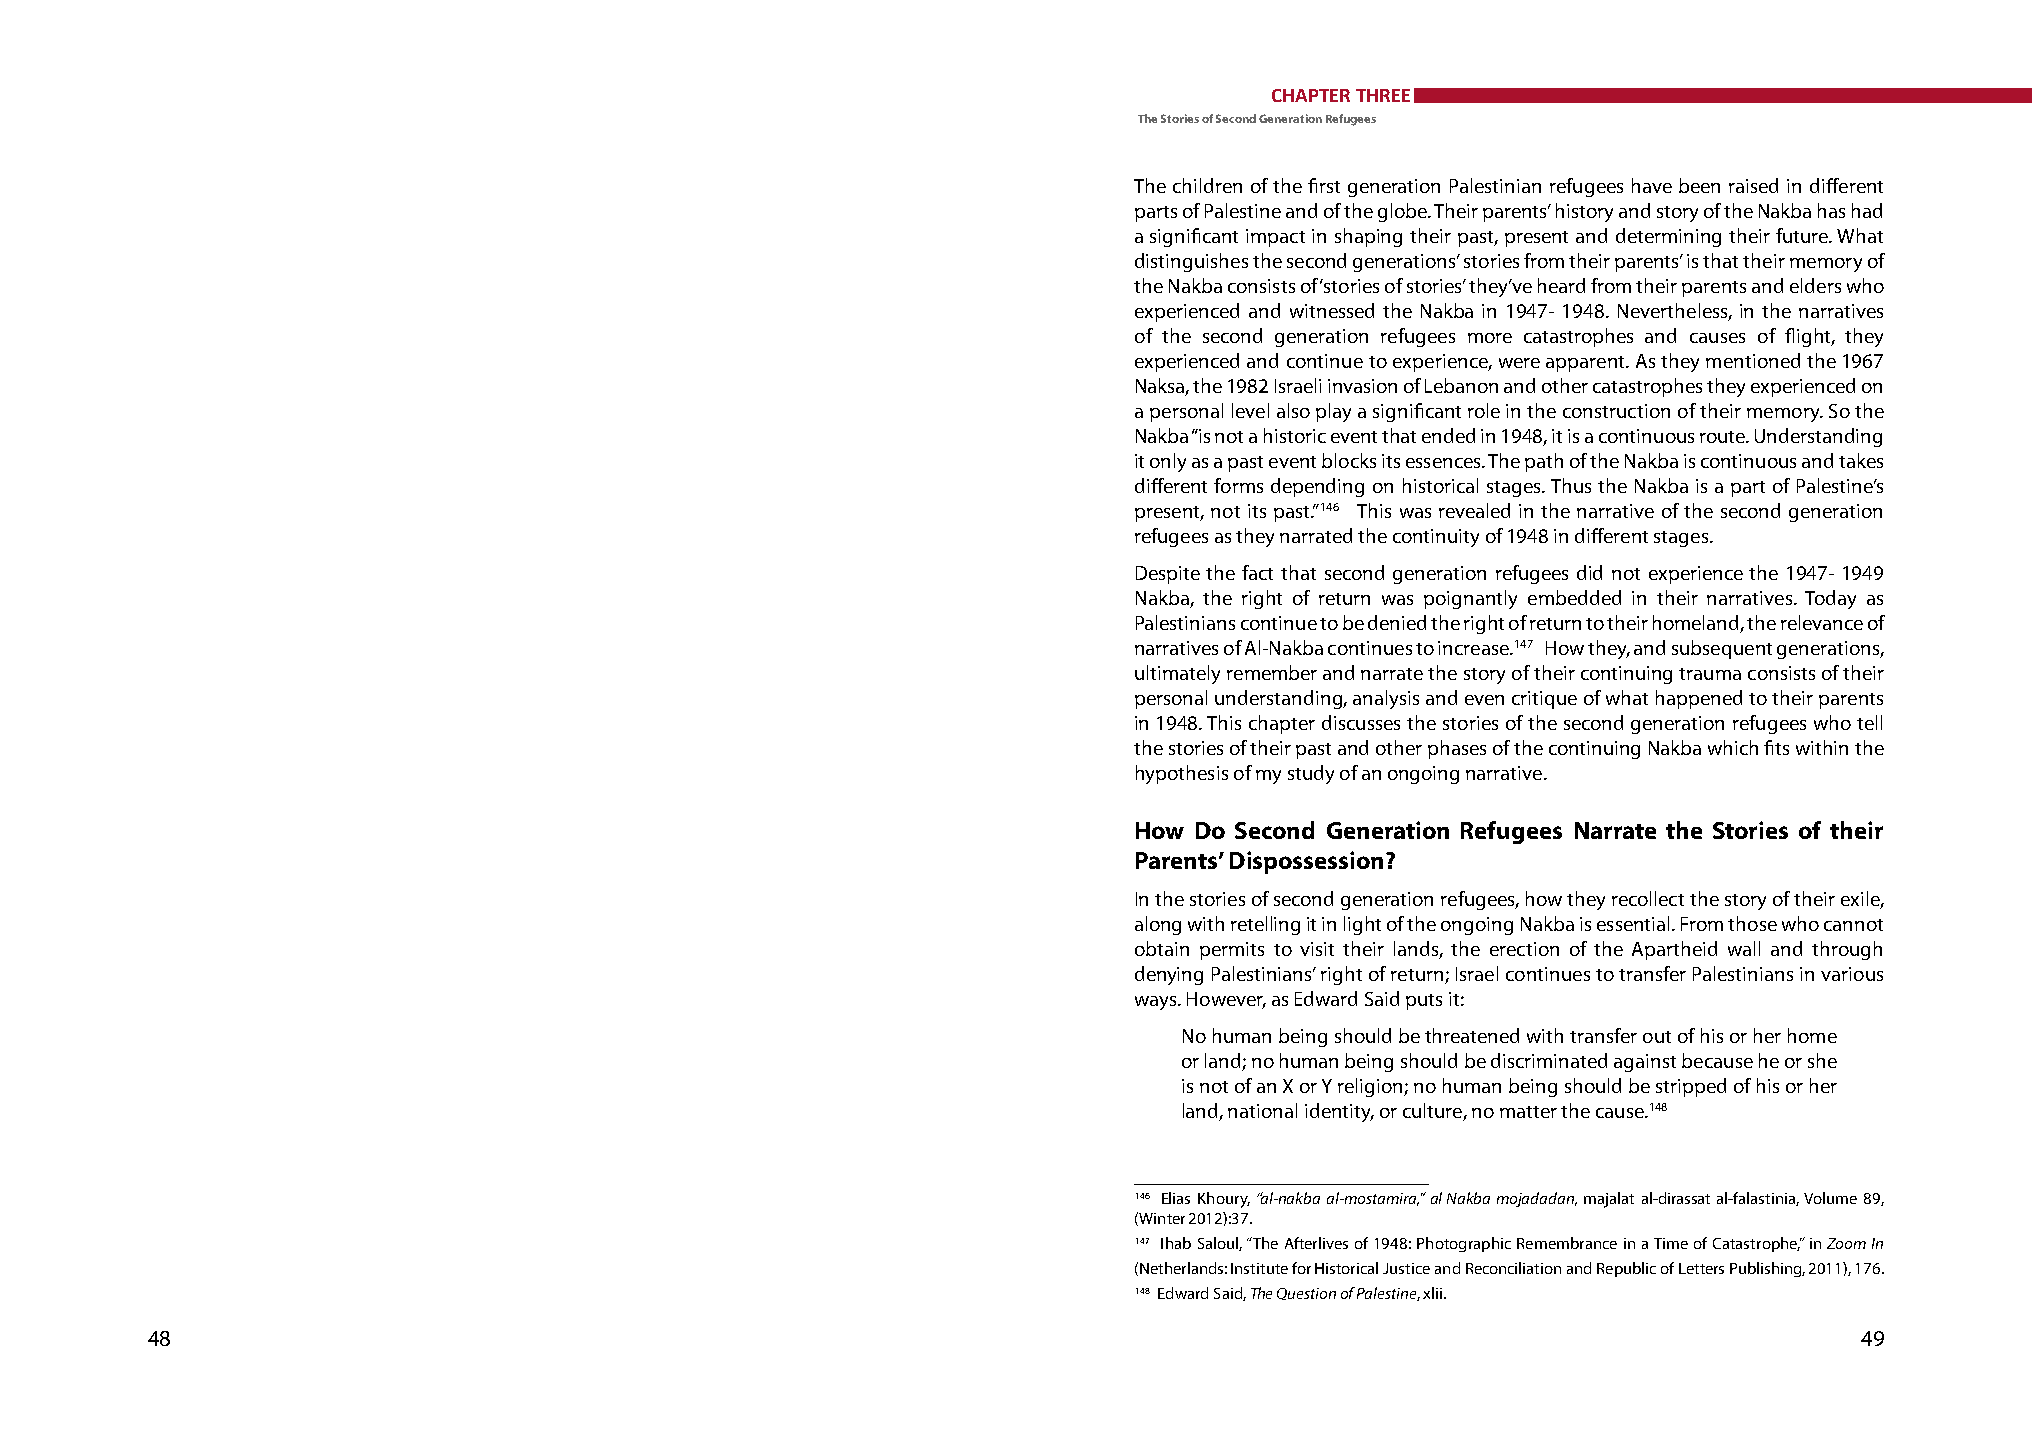
CHAPTER THREE
 The Stories of Second Generation Refugees
 The children of the first generation Palestinian refugees have been raised in different
 parts of Palestine and of the globe. Their parents’ history and story of the Nakba has had
 a significant impact in shaping their past, present and determining their future. What
 distinguishes the second generations’ stories from their parents’ is that their memory of
 the Nakba consists of ‘stories of stories’ they’ve heard from their parents and elders who
 experienced and witnessed the Nakba in 1947- 1948. Nevertheless, in the narratives
 of the second generation refugees more catastrophes and causes of flight, they
 experienced and continue to experience, were apparent. As they mentioned the 1967
 Naksa, the 1982 Israeli invasion of Lebanon and other catastrophes they experienced on
 a personal level also play a significant role in the construction of their memory. So the
 Nakba “is not a historic event that ended in 1948, it is a continuous route. Understanding
 it only as a past event blocks its essences. The path of the Nakba is continuous and takes
 different forms depending on historical stages. Thus the Nakba is a part of Palestine’s
 present, not its past.” 146 This was revealed in the narrative of the second generation
 refugees as they narrated the continuity of 1948 in different stages.
 Despite the fact that second generation refugees did not experience the 1947- 1949
 Nakba, the right of return was poignantly embedded in their narratives. Today as
 Palestinians continue to be denied the right of return to their homeland, the relevance of
 narratives of Al-Nakba continues to increase. 147 How they, and subsequent generations,
 ultimately remember and narrate the story of their continuing trauma consists of their
 personal understanding, analysis and even critique of what happened to their parents
 in 1948. This chapter discusses the stories of the second generation refugees who tell
 the stories of their past and other phases of the continuing Nakba which fits within the
 hypothesis of my study of an ongoing narrative.
 how do Second Generation Refugees Narrate the Stories of their
 Parents’ dispossession?
 In the stories of second generation refugees, how they recollect the story of their exile,
 along with retelling it in light of the ongoing Nakba is essential. From those who cannot
 obtain permits to visit their lands, the erection of the Apartheid wall and through
 denying Palestinians’ right of return; Israel continues to transfer Palestinians in various
 ways. However, as Edward Said puts it:
 No human being should be threatened with transfer out of his or her home
 or land; no human being should be discriminated against because he or she
 is not of an X or Y religion; no human being should be stripped of his or her
 land, national identity, or culture, no matter the cause. 148
 146 Elias Khoury, “al-nakba al-mostamira,” al Nakba mojadadan, majalat al-dirassat al-falastinia, Volume 89,
 (Winter 2012):37.
 147 Ihab Saloul, “The Afterlives of 1948: Photographic Remembrance in a Time of Catastrophe,” in Zoom In
 (Netherlands: Institute for Historical Justice and Reconciliation and Republic of Letters Publishing, 2011), 176.
 148 Edward Said, The Question of Palestine, xlii.
 48                                                                                                               49